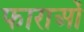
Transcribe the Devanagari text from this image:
फाराओं